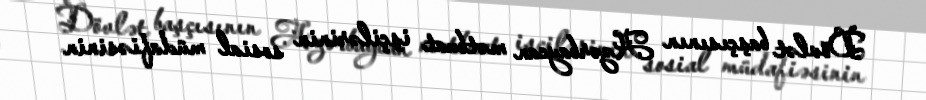
Dövlət başçısının Azərbaycan mətbuat işçilərinin sosial müdafiəsinin